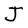
Character: J